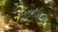
માશીનો